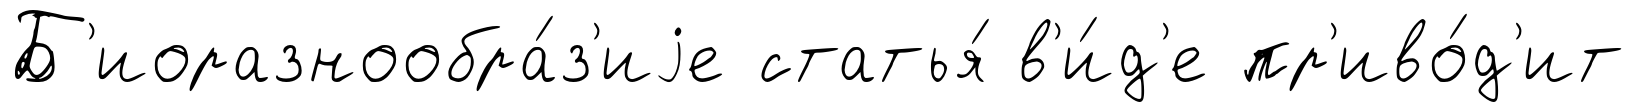
Б'иоразнообра́з'иjе статья́ в'и́д'е пр'иво́д'ит